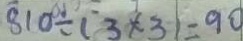
8 1 0 \div ( 3 \times 3 ) = 9 0